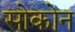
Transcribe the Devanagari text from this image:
सोकोन